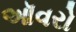
ઑવરો